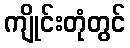
ကျိုင်းတုံတွင်